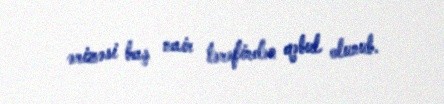
ərizəsi baş nair tərəfindən qəbul olunub.